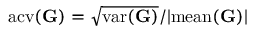
\mathrm { a c v } ( \mathbf G ) = \sqrt { \mathrm { v a r } ( \mathbf G ) } / | \mathrm { m e a n } ( \mathbf G ) |